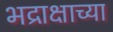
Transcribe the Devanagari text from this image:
भद्राक्षाच्या